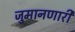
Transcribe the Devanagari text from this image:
जुमानणारी